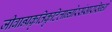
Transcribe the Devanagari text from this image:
जीवान्प्रकृतिकुटिलान्घोरसंसारसिन्धो